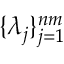
\{ \lambda _ { j } \} _ { j = 1 } ^ { n m }